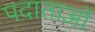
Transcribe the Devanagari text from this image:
पदाताओं